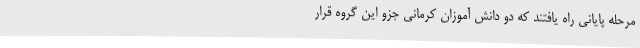
مرحله پایانی راه یافتند که دو دانش آموزان کرمانی جزو این گروه قرار